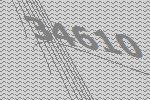
34610